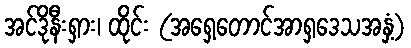
အင်ဒိုနီးရှား၊ ထိုင်း (အရှေ့တောင်အာရှဒေသအနှံ့)